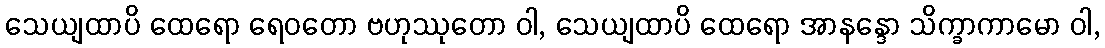
သေယျထာပိ ထေရော ရေဝတော ဗဟုဿုတော ဝါ, သေယျထာပိ ထေရော အာနန္ဒော သိက္ခာကာမော ဝါ,